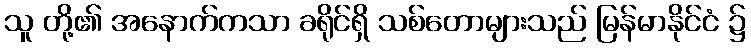
သူ တို့၏ အနောက်ကသာ ခရိုင်ရှိ သစ်တောများသည် မြန်မာနိုင်ငံ ၌